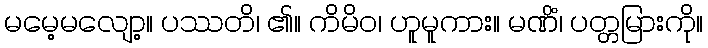
မမေ့မလျော့။ ပဿတိ၊ ၏။ ကိမိဝ၊ ဟူမူကား။ မဏိံ၊ ပတ္တမြားကို။